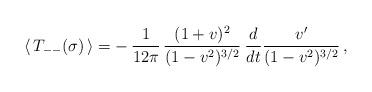
LaTeX: \begin{align*}\langle\, T_{--}(\sigma)\, \rangle =-\,\frac{1}{12\pi}\,\frac{(1+v)^{2}}{(1-v^{2})^{3/2}}\:\frac{d}{dt}\frac{v'}{(1-v^{2})^{3/2}} \,,\end{align*}